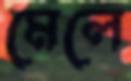
মেলে